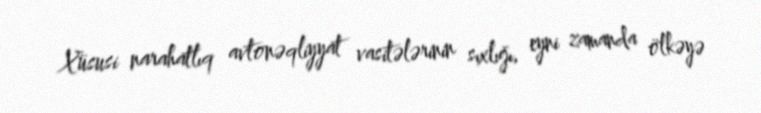
Xüsusi narahatlıq avtonəqliyyat vasitələrinin sıxlığı, eyni zamanda ölkəyə